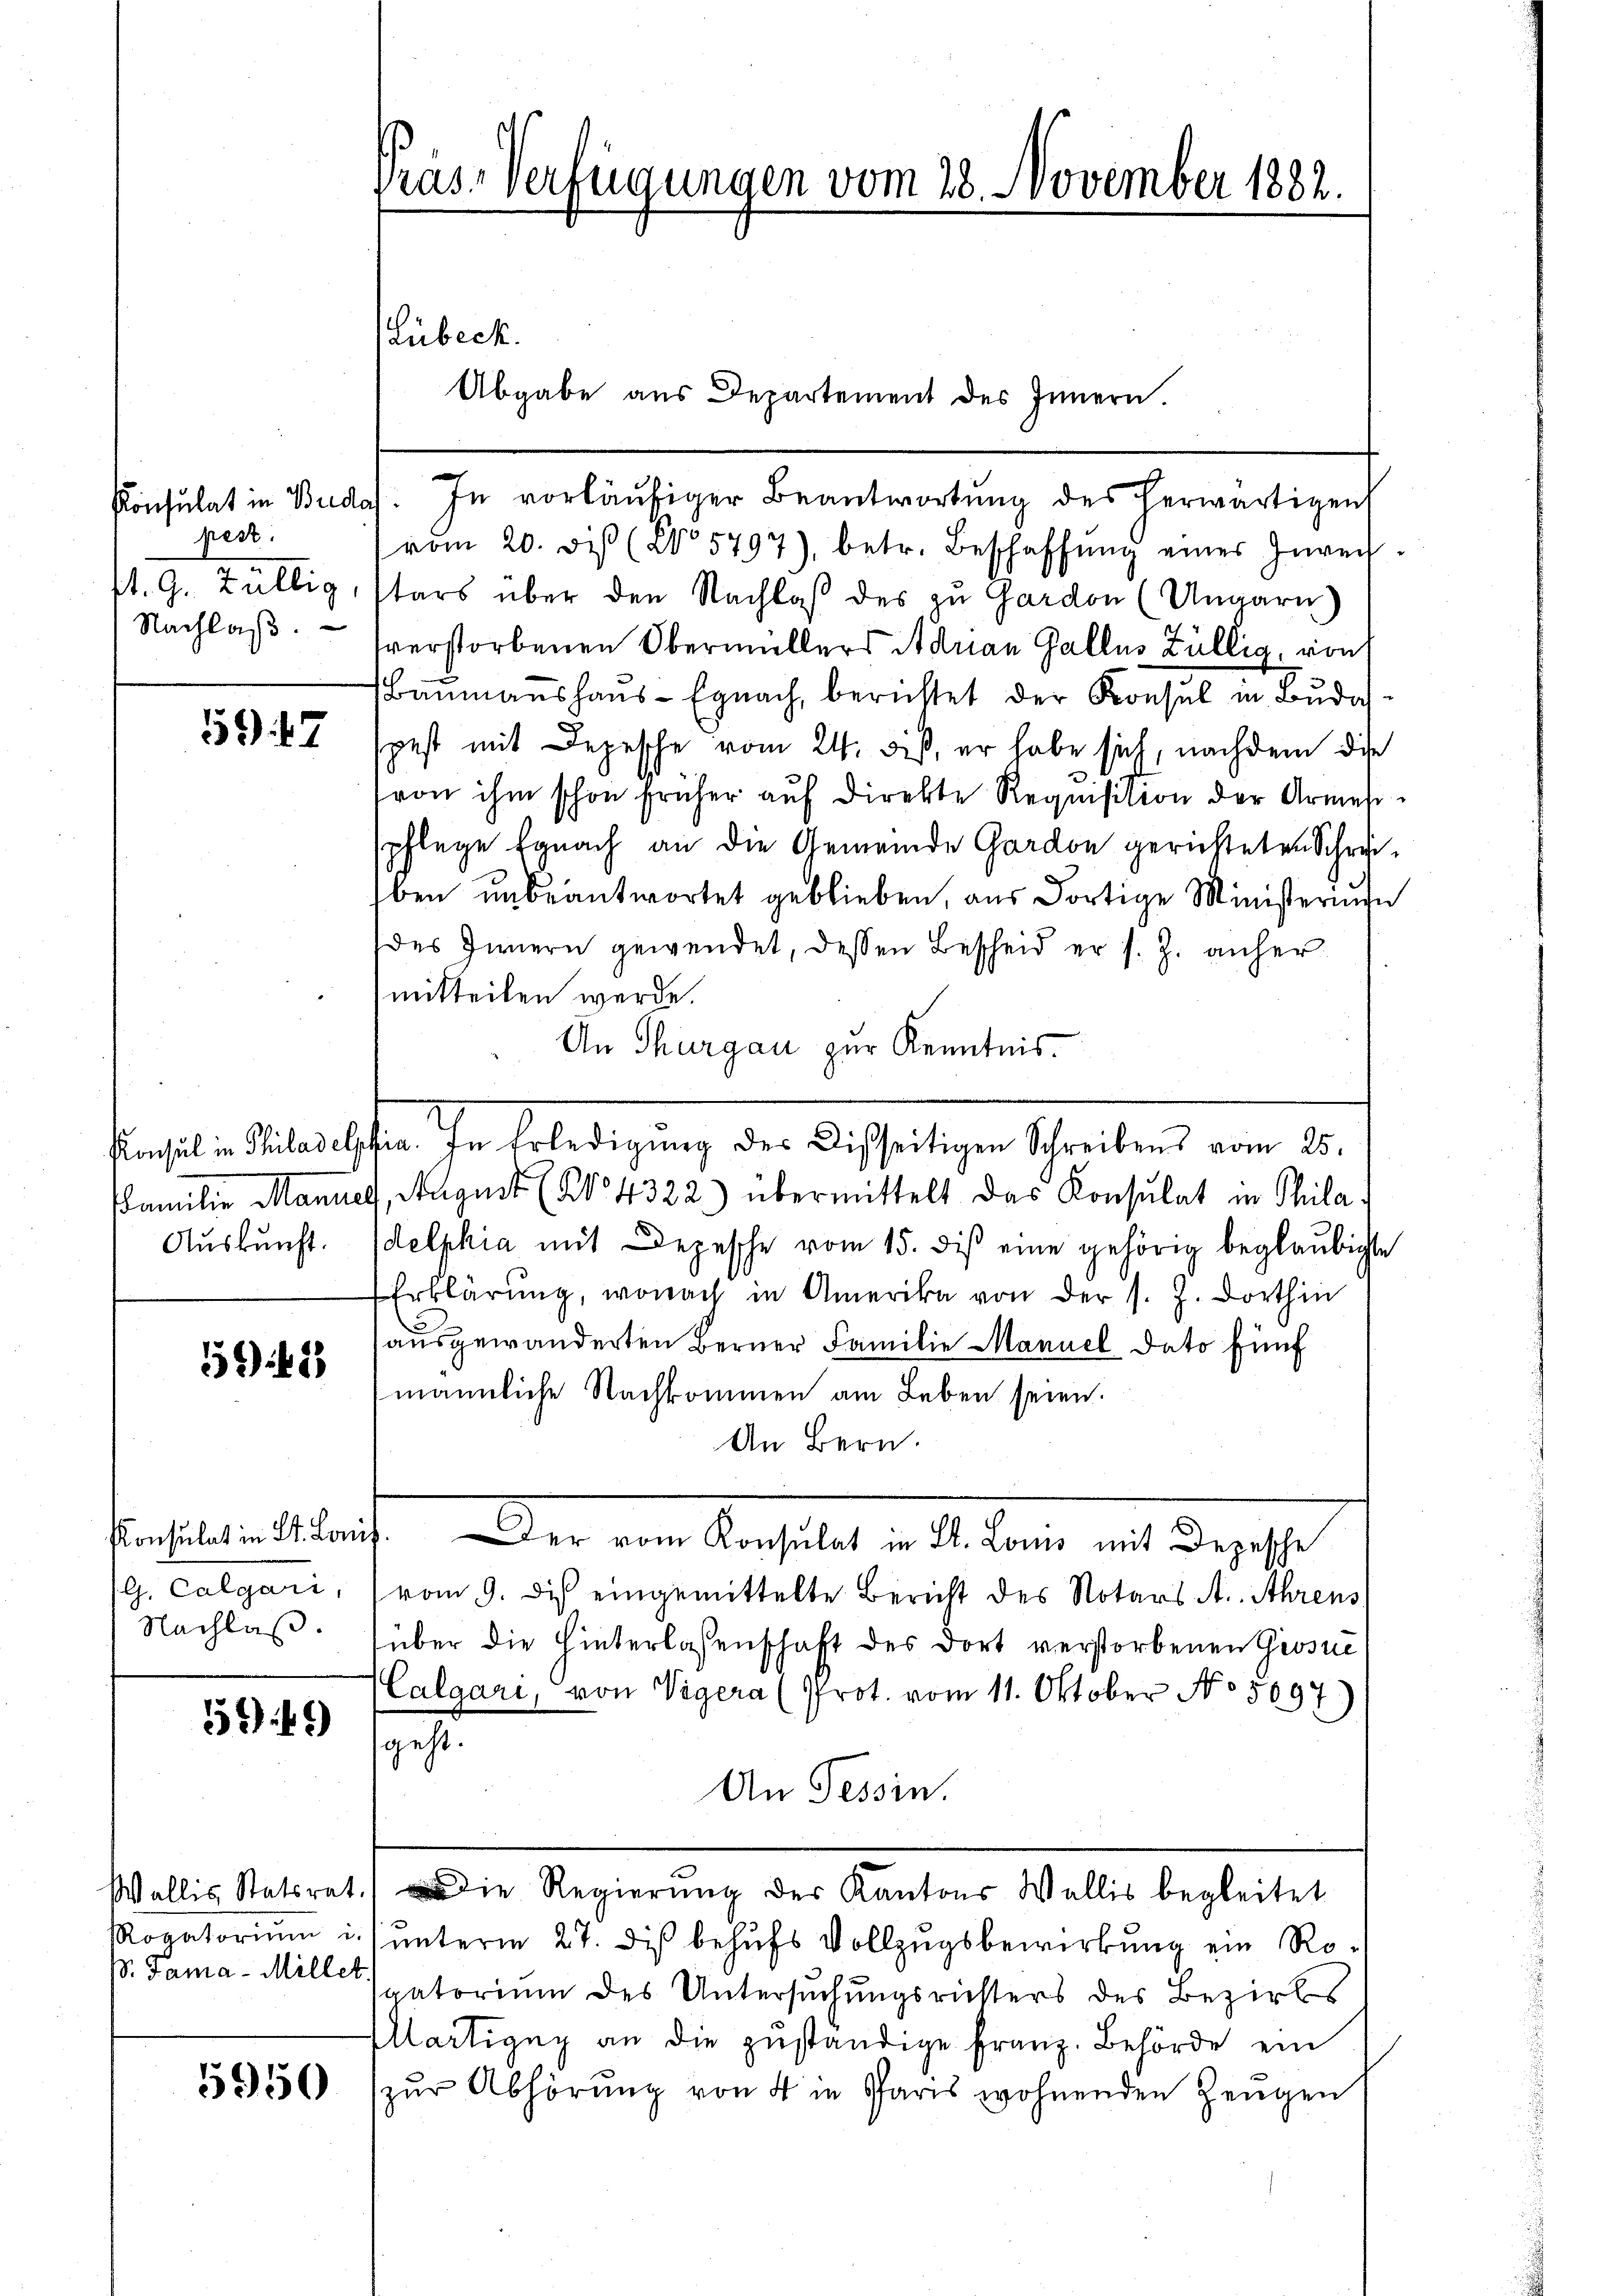
Konsulat in Bude
pest.
u
st. G. Zallig,
Nachlaβ.

59 f. 7

Konsul in Philadels
amilien Manne
Auskunft.

) 2)

Konsulat in St. Lan
G. Calgari,
Nachlaß

549)

Wallis Statsrat
Rogatorium i.
S. Pama - Millet.

5950

Präs. Verfügungen vom 28. November 1882.
e

In vorläufiger Beantwortung des herwärtigen
vom 20. des (No 5797), betr. Beschaffŭng einer Zurech-
tars über den Nachlaß des zu Gardon (Ungarn
sverstorbenen Obermüllers Adrian Galles Züllig, von
Baumanshaus-Egnach, berichtet der Konsul in Budaspest mit Depesche vom 24. biß, er habe sich, nachdem die
von ihm schon früher aŭf direkte Requisition der Armesspflege Egnach an die Gemeinde Gardon gerichteten Schreiben unbeantwortet geblieben, aus dortige Ministernern
des Innern gewendet, dessen Bescheid er s. Z. anhermitteilen werde
An Thurgau zur Kenntnis.
ha. In Erledigung der derseitigen Scheibens vom 20.
August (204322) übermittelt das Konsulat in Phila
delphia mit Depesche vom 15. dis eine gehörig beglaubigte
Erklärung, wonach in Amerika von der s. Z. dorthin
ausgewanderten Berner Familie Manuel dato fünf
männliche Nachkommen am Leben seien.
An Bern.
. Der vom Konsulat in St. Lois mit Depesche
vom 9. des eingemittelte Bericht des Notars A. Ahrens
über die Hinterlassenschaft des dort verstorbenen Grosse
Calgari, von Vigera (Prot. vom 11. Oktober No 5697)
geht.
An Tessin.
die Regierung der Kantons Wallis begleitet
unterm 27. dis behufs Vollzugsbewirkung ein Rogatorium des Untersuchungsrichters des Bezirks
Martigny an die zuständige Franz-Behörde ein
zŭr Abhörŭng von 4 in Paris wohnenden Zeugen

(Lübeck.

Abgabe aus Departement des Innern.